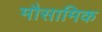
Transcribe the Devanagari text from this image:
मौसामिक